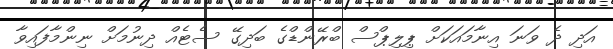
އަދި ދެ ވަނަ އިނާމައަކަށް ޕިލިޕްސް ބްރޭންޑްގެ ބަދިގޭ ސެޓެއް ދިނުމަށް ނިންމާފައިވާ